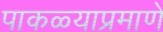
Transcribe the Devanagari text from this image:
पाकळ्याप्रमाणे